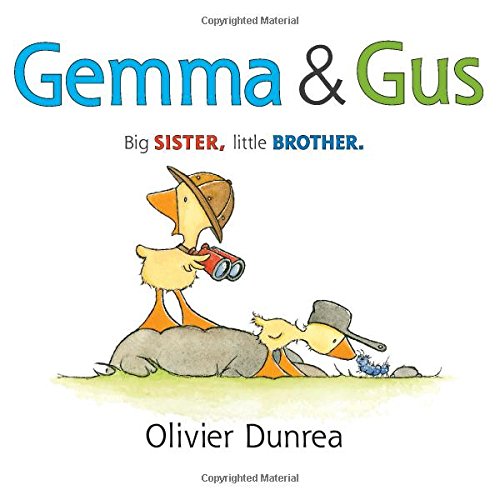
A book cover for Gemma & Gus (Gossie & Friends); Olivier Dunrea; Children's Books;